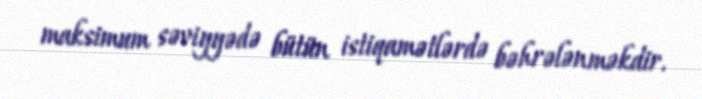
maksimum səviyyədə bütün istiqamətlərdə bəhrələnməkdir.